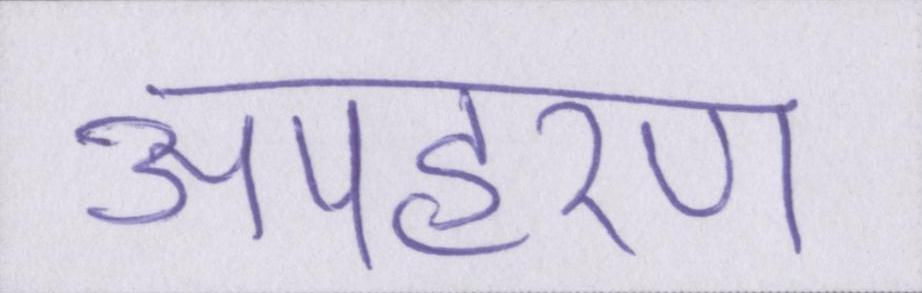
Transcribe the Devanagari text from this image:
अपहरण